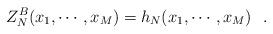
LaTeX: \begin{align*}Z_N^B(x_1,\cdots,x_M) = h_N(x_1,\cdots, x_M)\,\,\,\,.\end{align*}